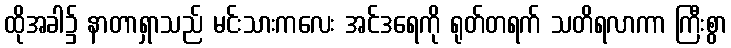
ထိုအခါ၌ နာတာရှာသည် မင်းသားကလေး အင်ဒရေကို ရုတ်တရက် သတိရလာကာ ကြီးစွာ